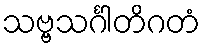
သဗ္ဗသင်္ဂါတိဂတံ